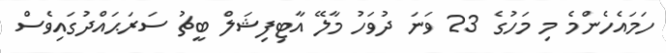
ހަމައެހެންމެ މި މަހުގެ 23 ވަނަ ދުވަހު މާލޭ އާޓިފިޝަލް ބީޗު ސަރަޙައްދުގައިވެސް